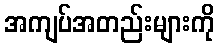
အကျပ်အတည်းများကို